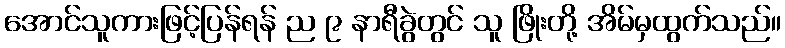
အောင်သူကားဖြင့်ပြန်ရန် ည ၉ နာရီခွဲတွင် သူ ဖြိုးတို့ အိမ်မှထွက်သည်။